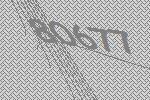
80677